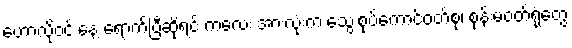
ဟောလိုဝင်းနေ့ ရောက်ပြီဆိုရင် ကလေး အားလုံးက သွေးစုပ်ကောင်ဝတ်စုံ၊ စုန်းမဝတ်ရုံတွေ